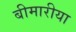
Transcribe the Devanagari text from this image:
बीमारीया